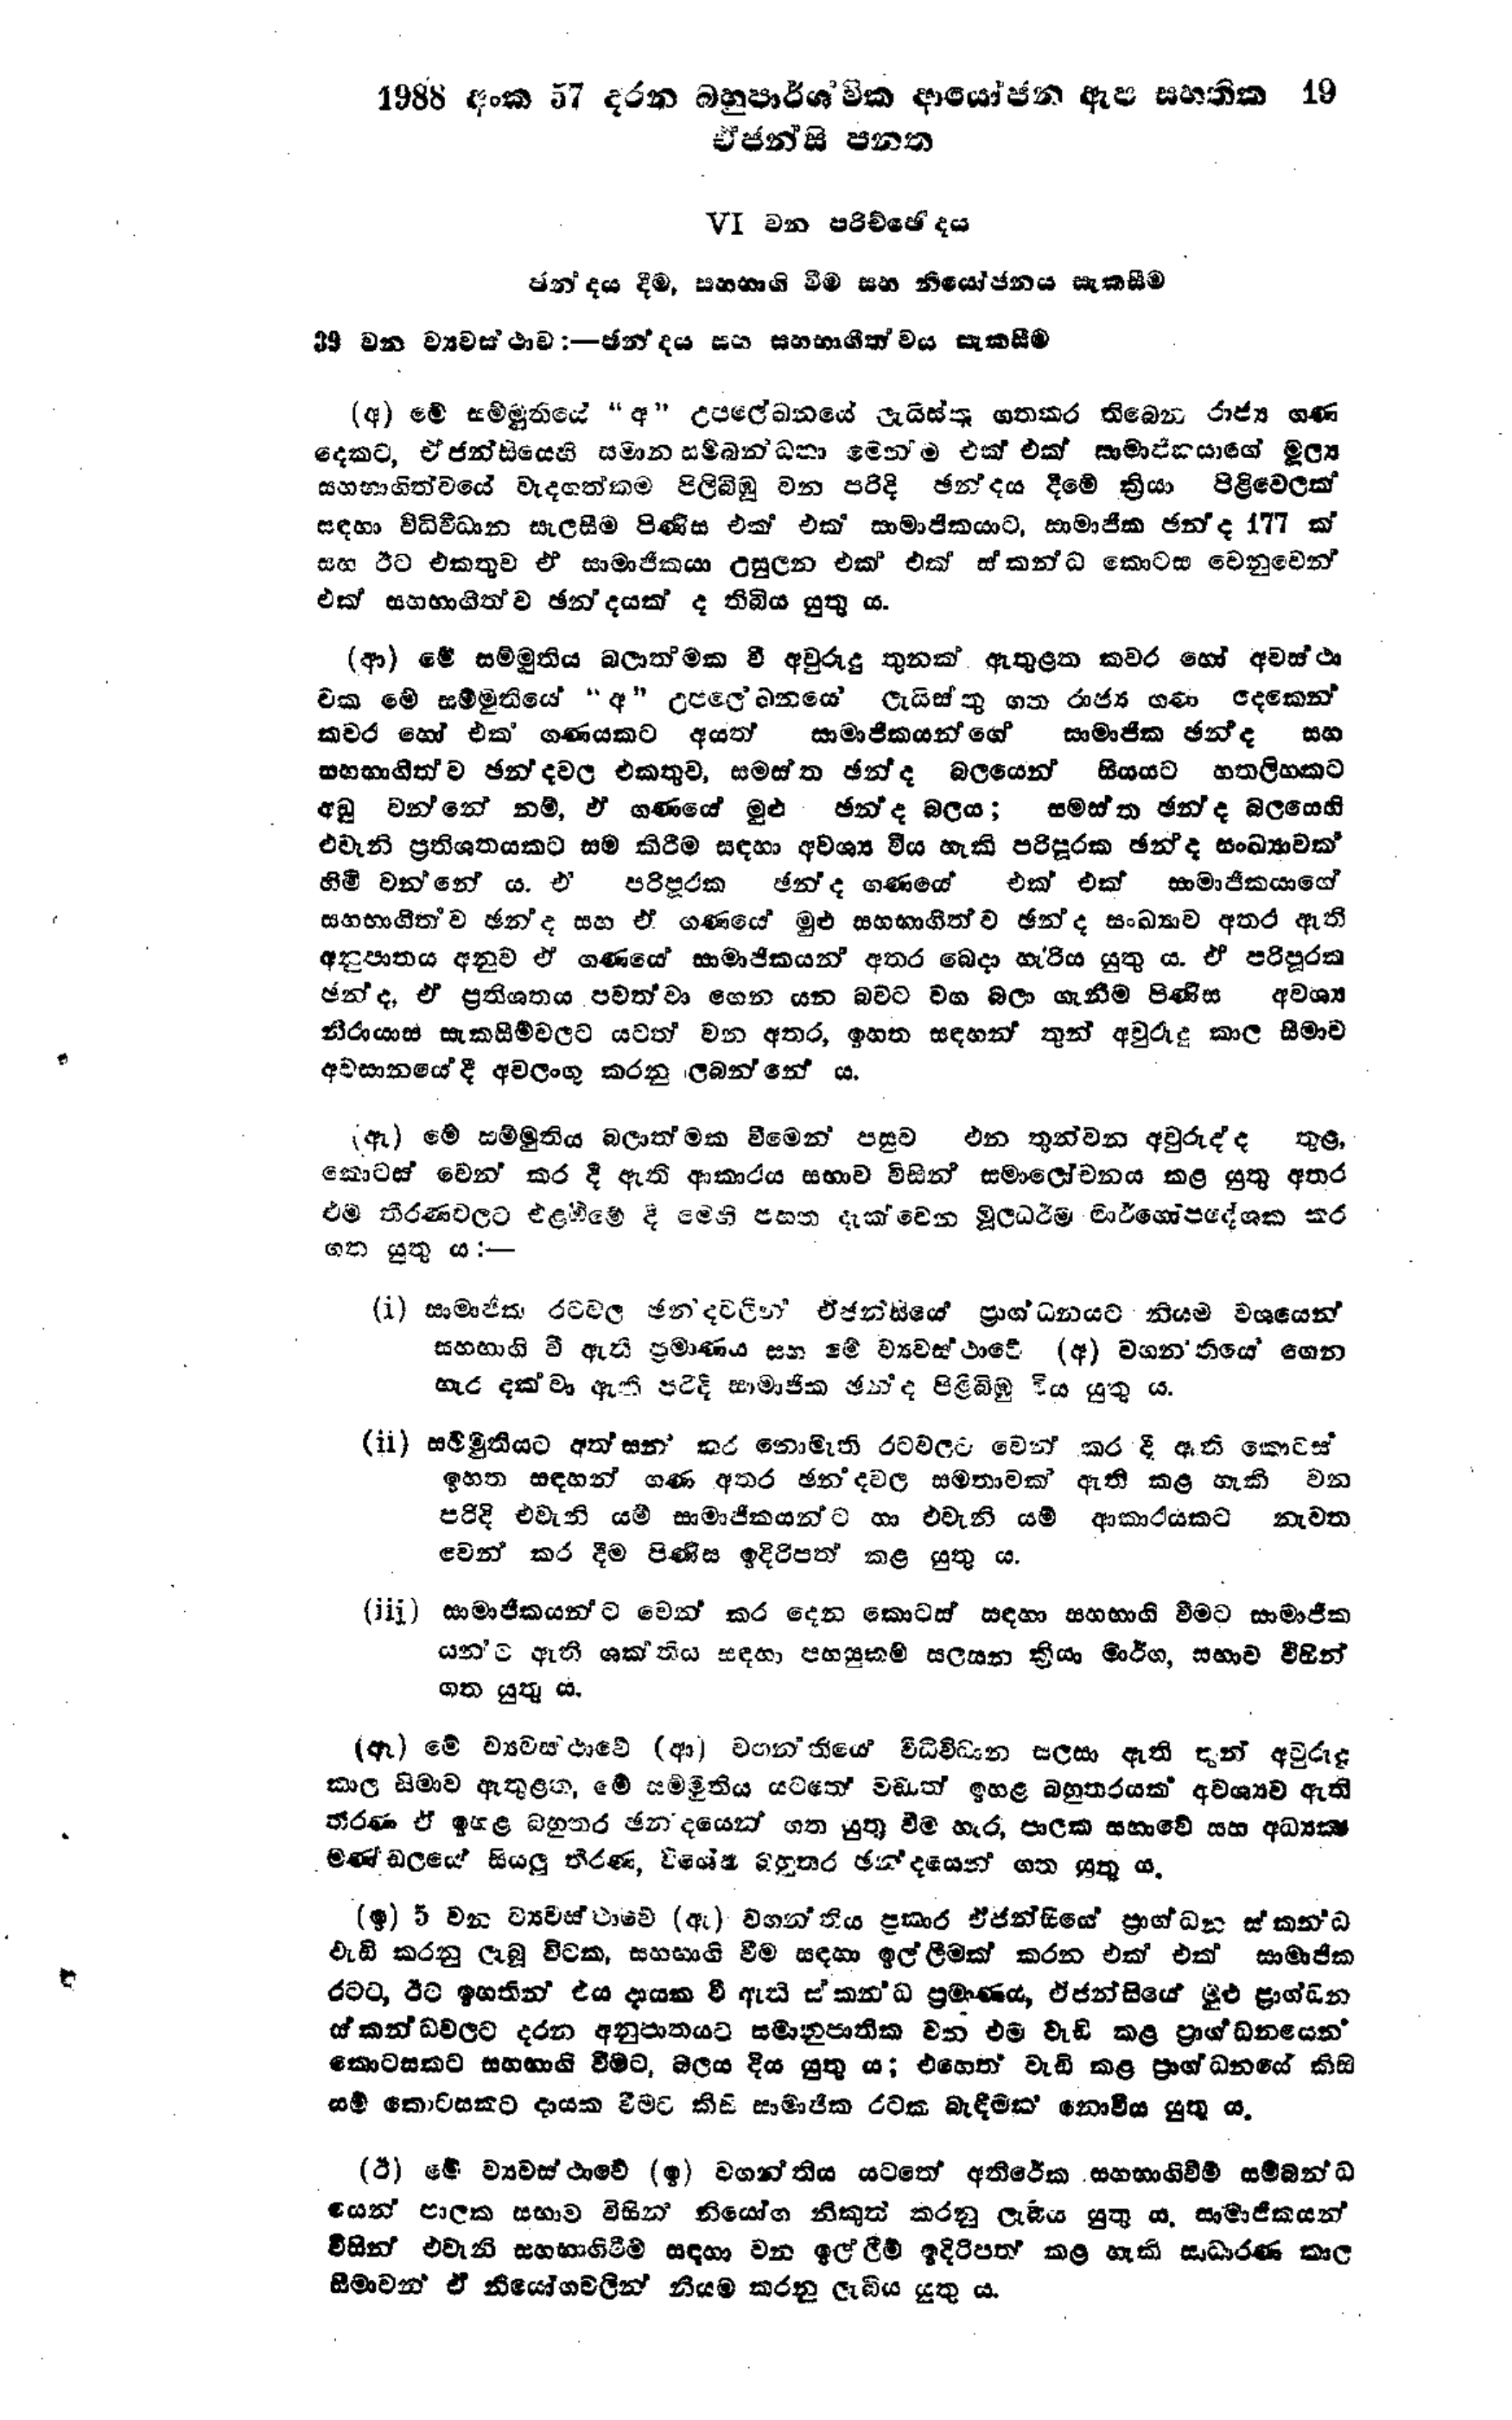
1988 අංක 57 දරන බහුපාර්ශ්වික ආයෝජන ඇප සහතික 19
ඒජන්සි පනත

 Ⅵ වන පරිච්ඡේදය

ඡන්දය දීම, සහභාගි වීම සහ නියෝජනය සැකසීම

39 වන ව්‍යවස්ථාව :- ඡන්දය සහ සහභාගීත්වය සැකසීම

(අ) මේ සම්මුතියේ  "අ" උපලේඛනයේ ලැයිස්තු ගතකර තිබෙන රාජ්‍ය ගණ
දෙකට, ඒජන්සියෙහි සමාන සම්බන්ධතා මෙන්ම එක් එක් සාමාජිකයාගේ මූල්‍ය
සහභාගිත්වයේ වැදගත්කම පිලිබිඹු වන පරිදි ඡන්දය දීමේ ක්‍රියා පිළිවෙලක්
සඳහා විධිවිධාන සැලසීම පිණිස එක් එක් සාමාජිකයාට, සාමාජික ඡන්ද 177 ක්
සහ ඊට එකතුව ඒ සාමාජිකයා උසුලන එක් එක් ස්කන්ධ කොටස වෙනුවෙන්
එක් සහභාගීත්ව ඡන්දයක් ද තිබිය යුතු ය.

(ආ) මේ සම්මුතිය බලාත්මක වී අවුරුදු තුනක් ඇතුළත කවර හෝ අවස්ථා
වක මේ සම්මුතියේ "අ" උපලේඛනයේ ලැයිස්තු ගත රාජ්‍ය ගණ දෙකෙන්
කවර හෝ එක් ගණයකට අයත් සාමාජිකයන්ගේ සාමාජික ඡන්ද සහ
සහභාගිත්ව ඡන්දවල එකතුව, සමස්ත ඡන්ද බලයෙන් සියයට හතලිහකට
අඩු වන්නේ නම්, ගණයේ මුළු ඡන්ද බලය; සමස්ත ඡන්ද බලයෙහි
එවැනි ප්‍රතිශතයකට සම කිරීම සඳහා අවශ්‍ය විය හැකි පරිපූරක ඡන්ද සංඛ්‍යාවක්
හිමි වන්නේ ය. ඒ පරිපූරික ඡන්ද ගණයේ එක් එක් සාමාජිකයාගේ
සහභාගීත්ව ඡන්ද සහ ඒ ගණයේ මුළු සහභාගීත්ව ඡන්ද සංඛ්‍යාව අතර ඇති
අනුපාතය අනුව ඒ ගණයේ සාමාජිකයන් අතර බෙදා හැරිය යුතු ය. ඒ පරිපූරක
ඡන්ද, ඒ ප්‍රතිශතය පවත්වා ගෙන යන බවට වග බලා ගැනීම පිණිස අවශ්‍ය
නිරායාස සැකසීම්වලට යටත් වන අතර, ඉහත සඳහන් තුන් අවුරුදු කාල සීමාව
අවසානයේ දී අවලංගු කරනු ලබන්නේ ය.

(ඇ) මේ සම්මුතිය බලාත්මක වීමෙන් පසුව එන තුන්වන අවුරුද්ද තුළ,
කොටස් වෙන් කර දී ඇති ආකාරය සභාව විසින් සමාලෝචනය කළ යුතු අතර
එම තීරණවලට එළඹීමේ දී මෙහි පහත දැක්වෙන මූලධර්ම මාර්ගෝපදේශක කර
ගත යුතු ය :-

(i) සාමාජික රටවල ඡන්ද වලින් ඒජන්සියේ ප්‍රාග්ධනයට නියම වශයෙන්
සහභාගි වී ඇති ප්‍රමාණය සහ මේ ව්‍යවස්ථාවේ (අ) වගන්තියේ ගෙන
හැර දක්වා ඇති පරිදි සාමාජික ඡන්ද පිළිබිඹු විය යුතු ය.

(ii) සම්මුතියට අත්සන් කර නොමැති රටවලට වෙන් කර දී ඇති කොටස්
ඉහත සඳහන් ගණ අතර ඡන්දවල සමතාවක් ඇති කළ හැකි වන
පරිදි එවැනි යම් සාමාජිකයන්ට හා එවැනි යම් ආකාරයකට නැවත
වෙන් කර දීම පිණිස ඉදිරිපත් කළ යුතු ය.

(iii) සාමාජිකයන්ට වෙන් කර දෙන කොටස් සඳහා සහභාගි වීමට සාමාජික
යනට ඇති ශක්තිය සඳහා පහසුකම් සලසන ක්‍රියා මාර්ග, සභාව විසින්
ගත යුතු ය.

(ඈ) මේ ව්‍යවස්ථාවේ (ආ) වගන්තියේ විධිවිධාන සලසා ඇති දැන් අවුරුදු
කාල සීමාව ඇතුළත, මේ සම්මුතිය යටතේ වඩාත් ඉහළ බහුතරයක් අවශ්‍යව ඇති
තීරණ ඒ ඉහළ බහුතර ඡනදයෙන් ගත යුතු වීම හැර, පාලක සභාවේ සහ අධ්‍යක්ෂ
මණ්ඩලයේ සියලු තීරණ, විශේෂ බහුතර ඡන්දයෙන් ගත යුතු ය.

(ඉ) 5 වන ව්‍යවස්ථාවේ (ඇ) වගන්තිය ප්‍රකාර ඒජන්සියේ ප්‍රාග්ධන ස්කන්ධ
වැඩි කරනු ලැබූ විටක, සහභාගි වීම සඳහා ඉල්ලීමක් කරන එක් එක් සාමාජික
රටට, ඊට ඉහතින් එය දායක වී ඇති ස්කන්ධ ප්‍රමාණය, ඒජන්සියේ මුළු ප්‍රාග්ධන
ස්කන්ධවලට දරන අනුපාතයට සමානුපාතික වන එම වැඩි කළ ප්‍රාග්ධනයෙන්
කොටසකට සහභාගි වීමට, බලය දිය යුතු ය; එහෙත් වැඩි කළ ප්‍රාග්ධනයේ කිසි
යම් කොටසකට දායක වීමට කිසි සාමාජික රටක බැඳීමක් නොවිය යුතු ය.

(ඊ) මේ ව්‍යවස්ථාවේ (ඉ) වගන්තිය යටතේ අතිරේක සහභාගිවීම් සම්බන්ධ
යෙන් පාලක සභාව විසින් නියෝග නිකුත් කරනු ලැබිය යුතු ය. සාමාජිකයන්
විසින් එවැනි සහභාගිවීම් සඳහා වන ඉල්ලීම් ඉදිරිපත් කළ හැකි සාධාරණ කාල
සීමාවන් ඒ නියෝගවලින් නියම කරනු ලැබිය යුතු ය.